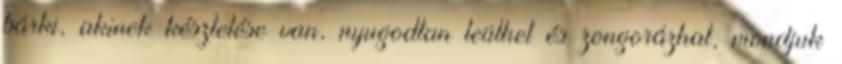
bárki, akinek késztetése van, nyugodtan leülhet és zongorázhat, mondjuk